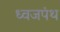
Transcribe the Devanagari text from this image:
ध्वजपंथ